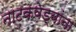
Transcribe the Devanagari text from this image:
नाटकवेड्यांना